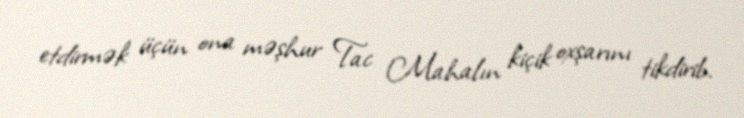
etdirmək üçün ona məşhur Tac Mahalın kiçik oxşarını tikdirib.